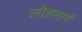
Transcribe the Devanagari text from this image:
लोहमार्गे